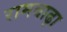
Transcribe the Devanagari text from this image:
रामबाढ़ा